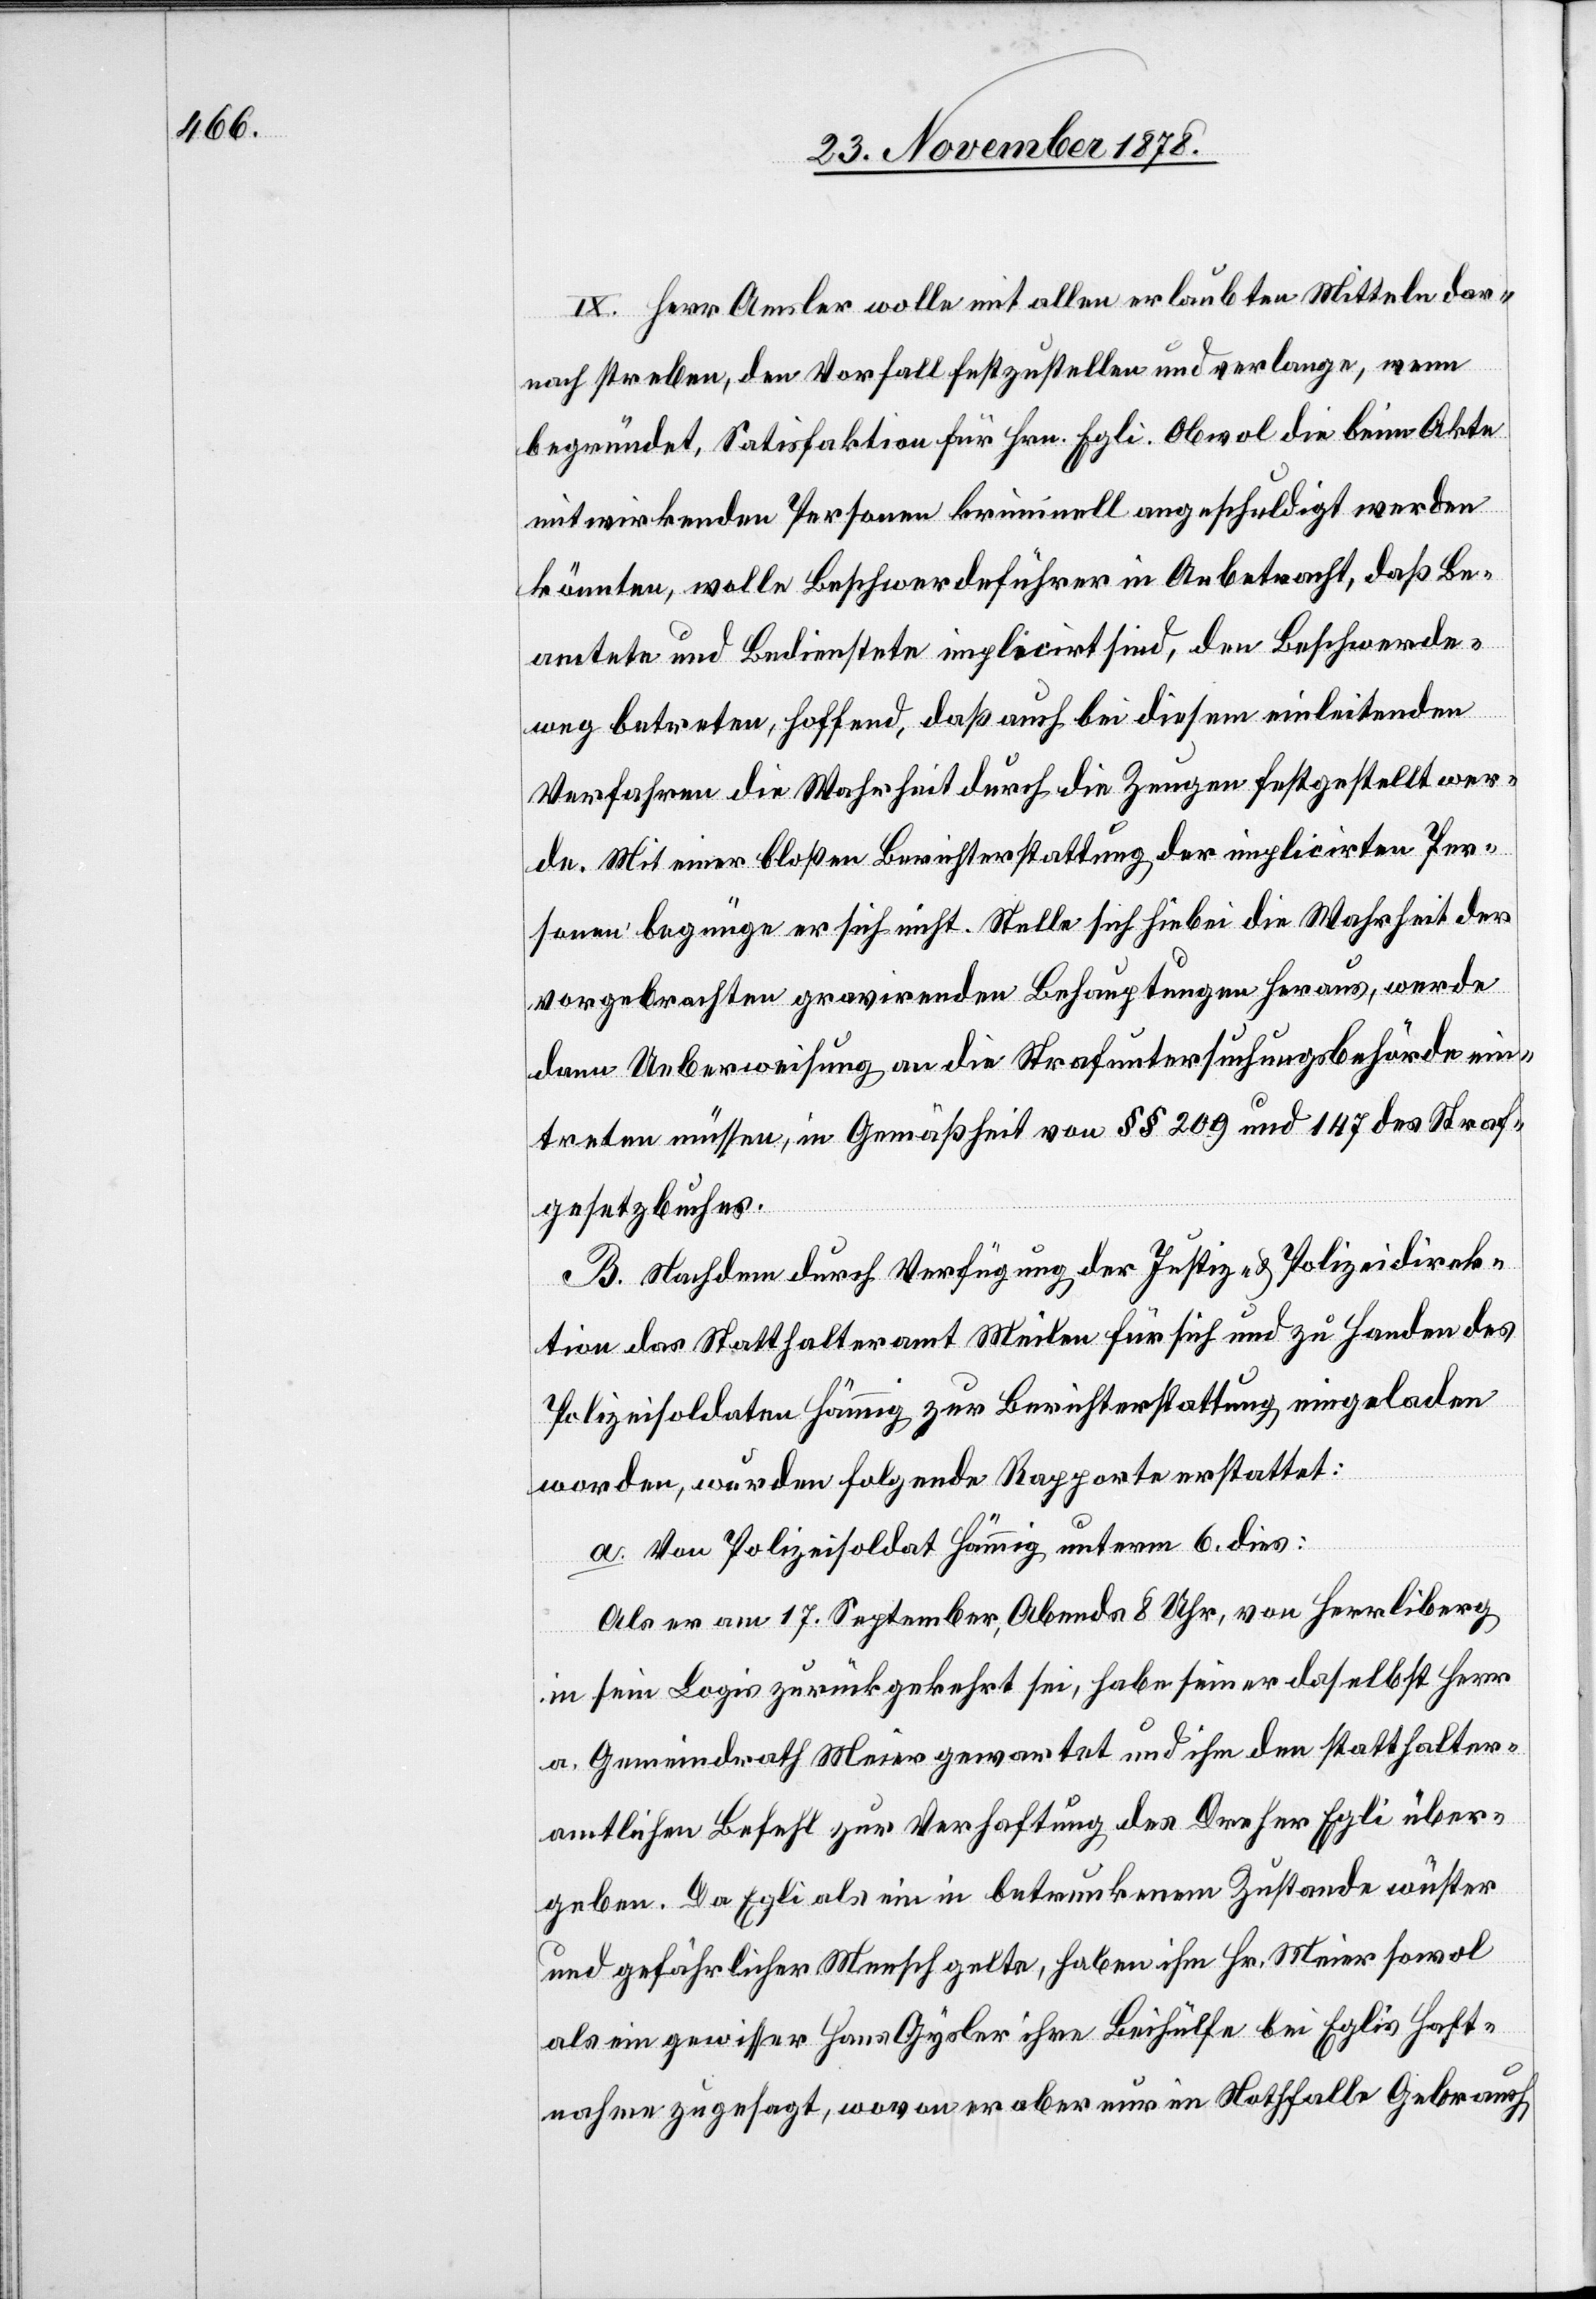
IX. Herr Amsler wolle mit allen erlaubten Mitteln dar¬
nach streben, den Vorfall festzustellen und verlange, wenn
begründet, Satisfaktion für Hrn. Egli. Obwol die beim Akte
mitwirkenden Personen kriminell angeschuldigt werden
könnten, wolle Beschwerdeführer in Anbetracht, daß Be¬
amtete und Bedienstete implicirt sind, den Beschwerde¬
weg betreten, hoffend, daß auch bei diesem einleitenden
Verfahren die Wahrheit durch die Zeugen festgestellt wer¬
de. Mit einer bloßen Berichterstattung der implicirten Per¬
sonen begnüge er sich nicht. Stelle sich hiebei die Wahrheit des
vorgebrachten gravirende Behauptungen heraus, werde
dann Ueberweisung an die Strafuntersuchungsbehörde ein¬
treten müssen, in Gemäßheit von §§ 209 und 147 des Straf¬
gesetzbuches.
B. Nachdem durch Verfügung der Justiz- & Polizeidirek¬
tion das Statthalteramt Meilen für sich und zu Handen des
Polizeisoldaten Hämmig zur Berichterstattung eingeladen
worden, wurden folgende Rapporte erstattet:
a. Von Polizeisoldat Hämmig unterm 6. dies:
Als er am 17. September, Abends 8 Uhr, von Herrliberg
in sein Logis zurückgekehrt sei, habe seiner daselbst Herr
a. Gemeindrath Meier gewartet und ihm den statthalter¬
amtlichen Befehl zur Verhaftung des Dreher Egli über¬
geben. Da Egli als ein in betrunkenem Zustande wüster
und gefährlicher Mensch gelte, haben ihm Hr. Meier sowol
als ein gewisser Hans Gysler ihre Beihülfe bei Eglis Haft¬
nahme zugesagt, wovon er aber nur im Nothfalle Gebrauch